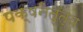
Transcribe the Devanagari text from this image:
पक्षनेतृत्व